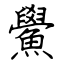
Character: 鱟